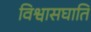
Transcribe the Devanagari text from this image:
विश्वासघाति